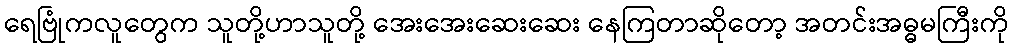
ရေဗြုံကလူတွေက သူတို့ဟာသူတို့ အေးအေးဆေးဆေး နေကြတာဆိုတော့ အတင်းအဓ္ဓမကြီးကို